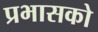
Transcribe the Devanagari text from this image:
प्रभासको